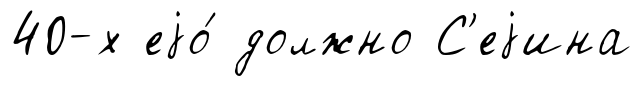
40-х еjо́ должно С'еjина